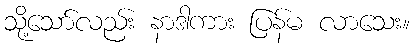
သို့သော်လည်း နာဒါကား ပြန်မ လာသေး။